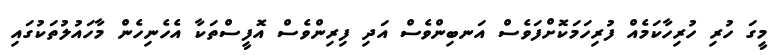
މީގަ ހުރި ހުރިހާކަމެއް ފުރިހަމަކޮށްފަވެސް އަނބިންވެސް އަދި ފިރިންވެސް އޮފީސްތަކާ އެހެނިހެން މާހައުލުތަކުގައި